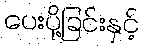
ပေးပို့ခြင်းနှင့်